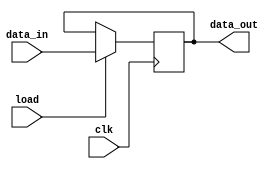

module IR 
	( 
		input [7:0] data_in, input load, clk, 
		output reg [7:0] data_out 
	);

	always@(posedge clk )
		if( load ) 
			data_out <= data_in;

endmodule